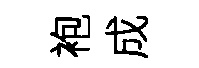
袍成